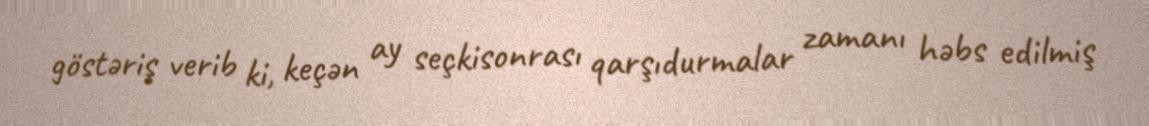
göstəriş verib ki, keçən ay seçkisonrası qarşıdurmalar zamanı həbs edilmiş